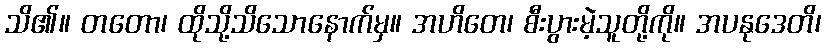
သိ၏။ တတော၊ ထိုသို့သိသောနောက်မှ။ အဟိတေ၊ စီးပွားမဲ့သူတို့ကို။ အပနုဒေတိ၊